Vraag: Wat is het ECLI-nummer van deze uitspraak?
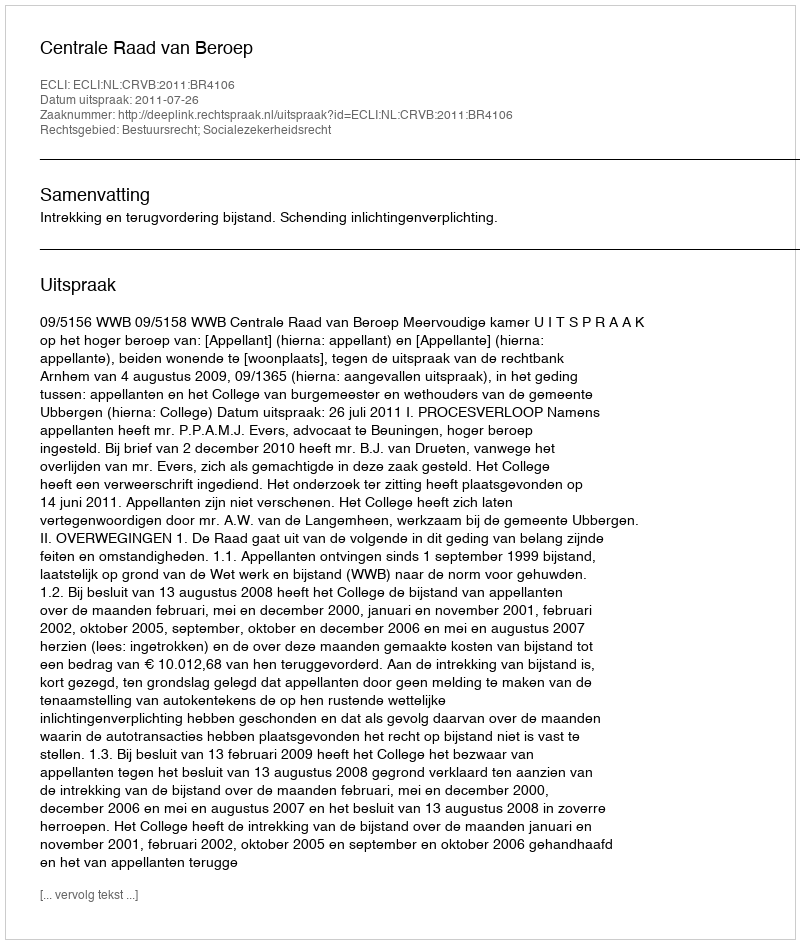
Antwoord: ECLI:NL:CRVB:2011:BR4106